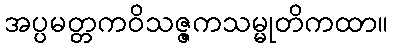
အပ္ပမတ္တကဝိသဇ္ဇကသမ္မုတိကထာ။